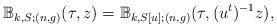
LaTeX: \begin{align*} \mathbb{B}_{k,S;(n,g)}(\tau,z) = \mathbb{B}_{k,S[u];(n,g)}(\tau, (u^t)^{-1} z),\end{align*}